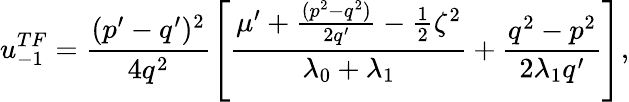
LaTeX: u_{-1}^{TF}=\frac{(p^{\prime}-q^{\prime})^{2}}{4q^{2}}\left[\frac{\mu^{\prime}+\frac{(p^{2}-q^{2})}{2q^{\prime}}-\frac{1}{2}\zeta^{2}}{\lambda_{0}+\lambda_{1}}+\frac{q^{2}-p^{2}}{2\lambda_{1}q^{\prime}}\right],